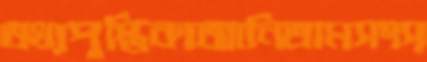
তথ্যপুস্তিকাআনিতামসংস্